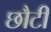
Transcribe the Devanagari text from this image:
छौटी